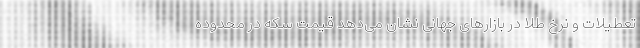
تعطیلات و نرخ طلا در بازار‌های جهانی نشان می‌دهد قیمت سکه در محدوده